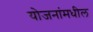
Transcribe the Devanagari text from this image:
योजनांमधील